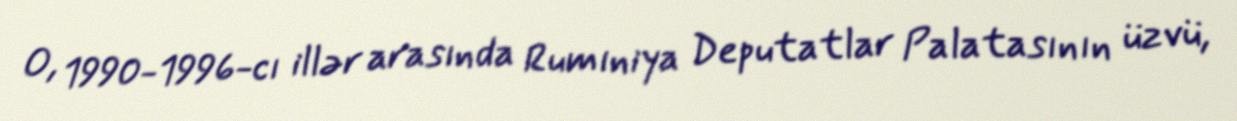
O, 1990-1996-cı illər arasında Rumıniya Deputatlar Palatasının üzvü,